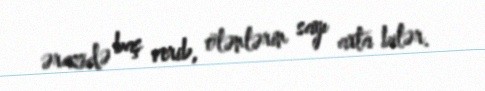
ərazidə baş verib, ölənlərin sayı arta bilər.